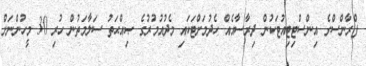
ފްރާންސްގެ އިންސްޓިޓިއުޓަކުން ދިރާސާއެއް ހެދުމަށްޓަކައި މެދުއުމުރުގެ ޞިއްޙަތު ސަލާމަތުން ހުރި 30 މީހުންނަށް